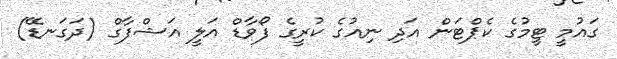
ގައުމީ ޓީމުގެ ކެޕްޓަން އަދި ނިއުގެ ކުރީގެ ފޯވާޑް އަލީ އަޝްފާގް (ދަގަނޑޭ)